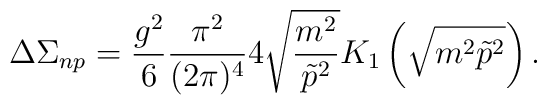
\Delta\Sigma_{np} = \frac{g^2}6\frac{\pi^2}{(2\pi)^4} 4\sqrt{\frac{m^2}{\tilde p^2}} K_1\left(\sqrt{m^2\tilde p^2}\right).